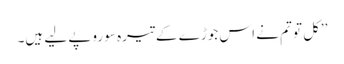
’’کل تو تم نے اس جوڑے کے تیرہ سو روپے لیے ہیں۔